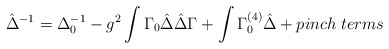
\begin{align*}\hat{\Delta}^{-1}=\Delta_0^{-1} -g^2\int \Gamma_0\hat{\Delta}\hat{ \Delta} \Gamma+ \int \Gamma^{(4)}_0\hat{\Delta} +pinch\; terms\end{align*}